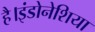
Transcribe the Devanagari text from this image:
है।इंडोनेशिया